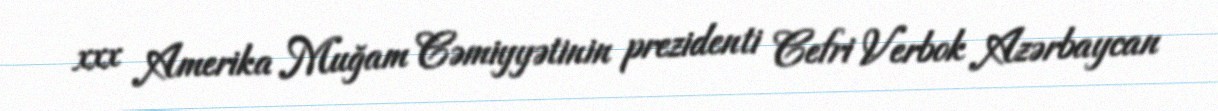
xxx Amerika Muğam Cəmiyyətinin prezidenti Cefri Verbok Azərbaycan